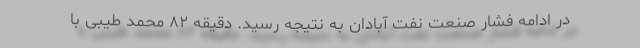
در ادامه فشار صنعت نفت آبادان به نتیجه رسید. دقیقه ۸۲ محمد طیبی با